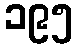
၁၉၅